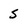
Character: 5